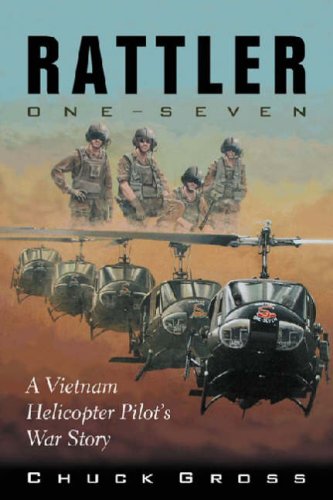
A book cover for Rattler One-Seven: A Vietnam Helicopter PilotEEs War Story (North Texas Military Biography and Memoir Series); Chuck Gross; History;